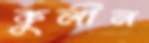
কুলীন